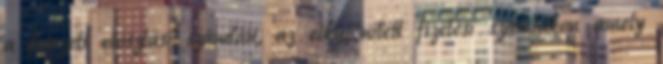
a fejezeti elosztási számlán, az elkülönített fizetési számlákon amely